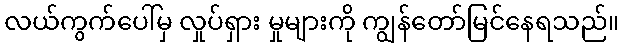
လယ်ကွက်ပေါ်မှ လှုပ်ရှား မှုများကို ကျွန်တော်မြင်နေရသည်။